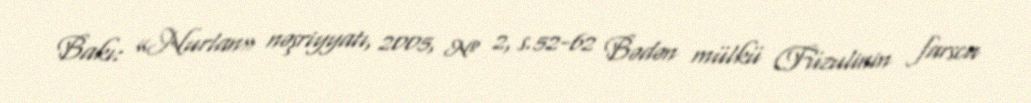
Bakı: «Nurlan» nəşriyyatı, 2005, № 2, s.52-62 Bədən mülkü (Füzulinin farsca